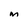
Character: M